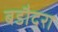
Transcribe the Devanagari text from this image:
बडौदरा